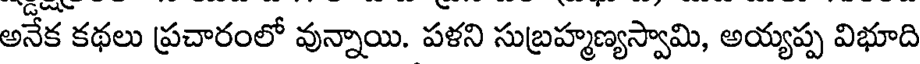
అనేక కథలు ప్రచారంలో వున్నాయి. పళని సుబ్రహ్మణ్యస్వామి, అయ్యప్ప విభూది